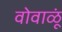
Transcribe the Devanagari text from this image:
वोवाळूं